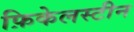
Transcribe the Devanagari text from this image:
फ़िकेलस्टीन